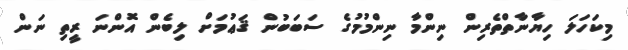
މިކަހަލަ ހިޔާނާތްތެރިން ނިންމާ ނިންމުމުގެ ސަބަބުން ޤަޢުމަށް ލިބެން އޮންނަ ރީތި ނަން